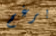
برغم